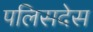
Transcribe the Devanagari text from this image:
पलिसदेस